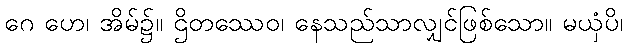
ဂေ ဟေ၊ အိမ်၌။ ဌိတဿေဝ၊ နေသည်သာလျှင်ဖြစ်သော။ မယှံပိ၊